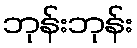
ဘုန်းဘုန်း